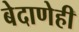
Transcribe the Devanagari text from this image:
बेदाणेही